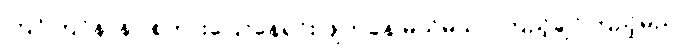
ကြင်ကြင်နာနာ စကားပြောနေရင်း ဖျတ်ခနဲ မသိမသာ ကြည့်ချင်ကြည့်မည်။